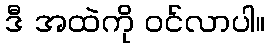
ဒီ အထဲကို ဝင်လာပါ။